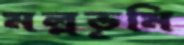
মল্লভূমি